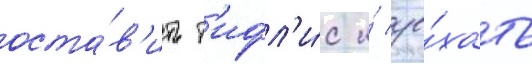
оста́в'ить т'ифл'и́с и́ уе́хать